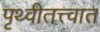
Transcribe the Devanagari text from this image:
पृथ्वीतत्त्वात